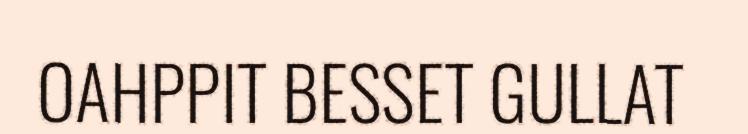
OAHPPIT BESSET GULLAT